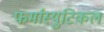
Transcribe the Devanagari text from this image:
फर्मास्युटिकल